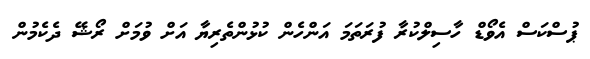
ޕުސްކަސް އެވޯޑް ހާސިލްކުރާ ފުރަތަމަ އަންހެން ކުޅުންތެރިޔާ އަށް ވުމަށް ރޯޝޭ ދެކެމުން